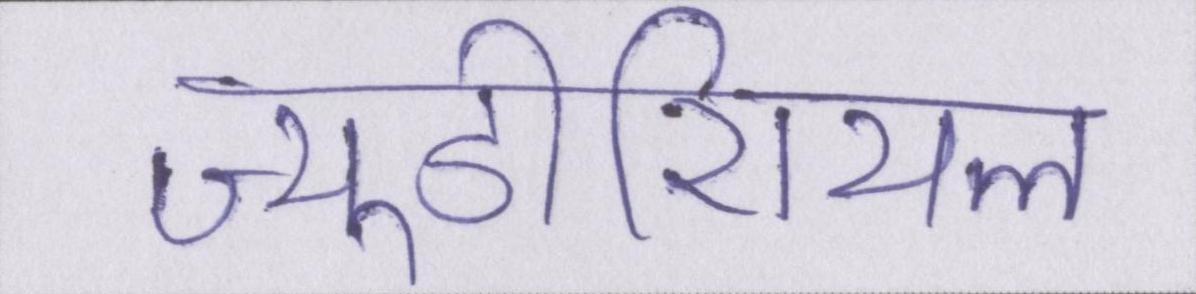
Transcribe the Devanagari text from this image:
ज्यूडीशियल